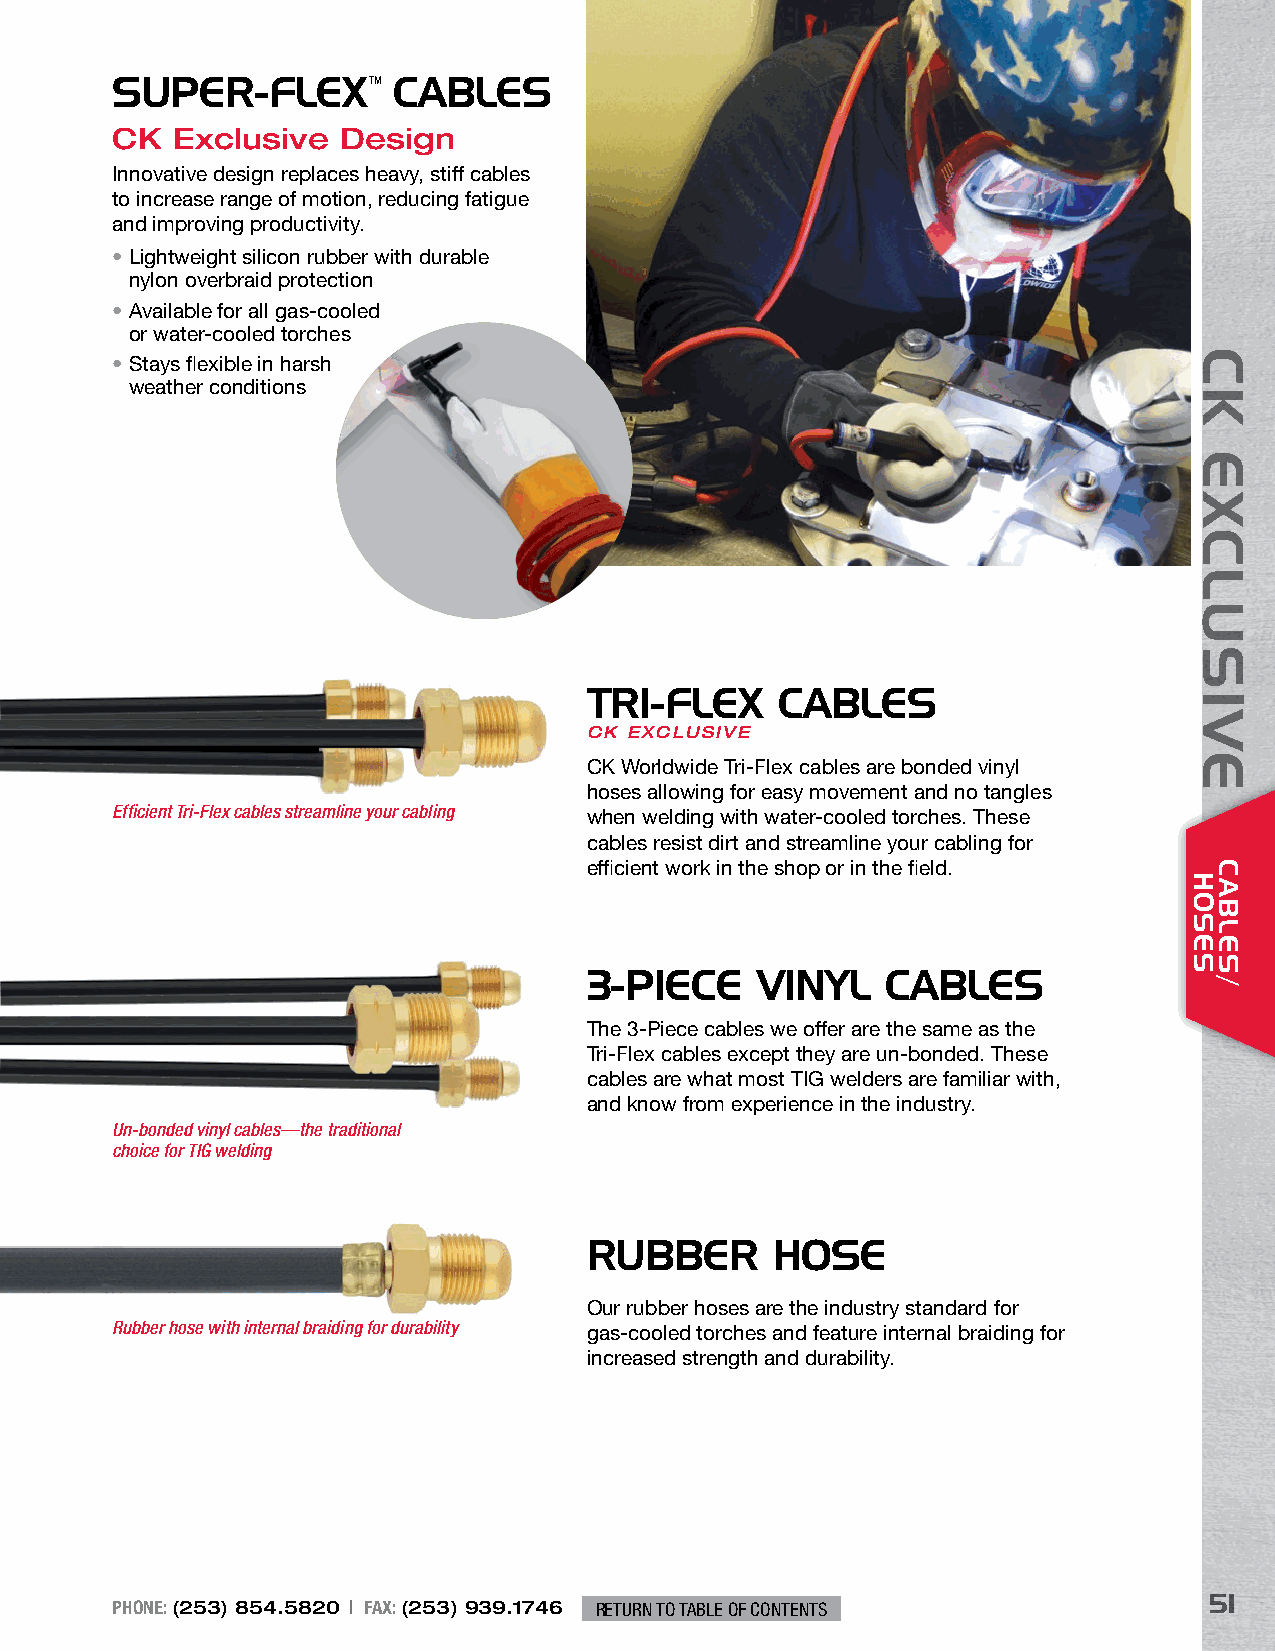
SUPER-FLEX™        CABLES
 CK  Exclusive   Design
 Innovative design replaces heavy, stiff cables
 to increase range of motion, reducing fatigue
 and improving productivity.
 • Lightweight silicon rubber with durable
 nylon overbraid protection
 • Available for all gas-cooled
 or water-cooled torches
 • Stays flexible in harsh
 weather conditions
 TRI-FLEX    CABLES
 CK EXCLUSIVE
 CK Worldwide Tri-Flex cables are bonded vinyl
 hoses allowing for easy movement and no tangles
 Efficient Tri-Flex cables streamline your cabling when welding with water-cooled torches. These
 cables resist dirt and streamline your cabling for
 efficient work in the shop or in the field.
 3-PIECE    VINYL    CABLES
 The 3-Piece cables we offer are the same as the
 Tri-Flex cables except they are un-bonded. These
 cables are what most TIG welders are familiar with,
 and know from experience in the industry.
 Un-bonded vinyl cables—the traditional
 choice for TIG welding
 RUBBER      HOSE
 Our rubber hoses are the industry standard for
 Rubber hose with internal braiding for durability gas-cooled torches and feature internal braiding for
 increased strength and durability.
 51
 PHONE: (253) 854.5820 | FAX: (253) 939.1746 RETURN TO TABLE OF CONTENTS
 CK
 EXCLUSIVE
 HOSES
 CABLES/